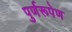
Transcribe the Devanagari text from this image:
पुर्णरूपेण